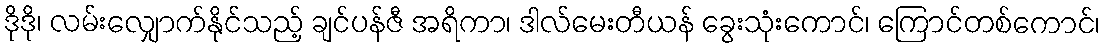
ဒိုဒို၊ လမ်းလျှောက်နိုင်သည့် ချင်ပန်ဇီ အရိကာ၊ ဒါလ်မေးတီယန် ခွေးသုံးကောင်၊ ကြောင်တစ်ကောင်၊